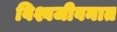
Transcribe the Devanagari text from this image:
विश्वजीवनात